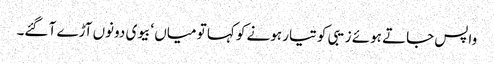
واپس جاتے ہوئے زیبی کو تیار ہونے کو کہا تو میاں ‘ بیوی دونوں آڑے آ گئے۔